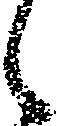
候